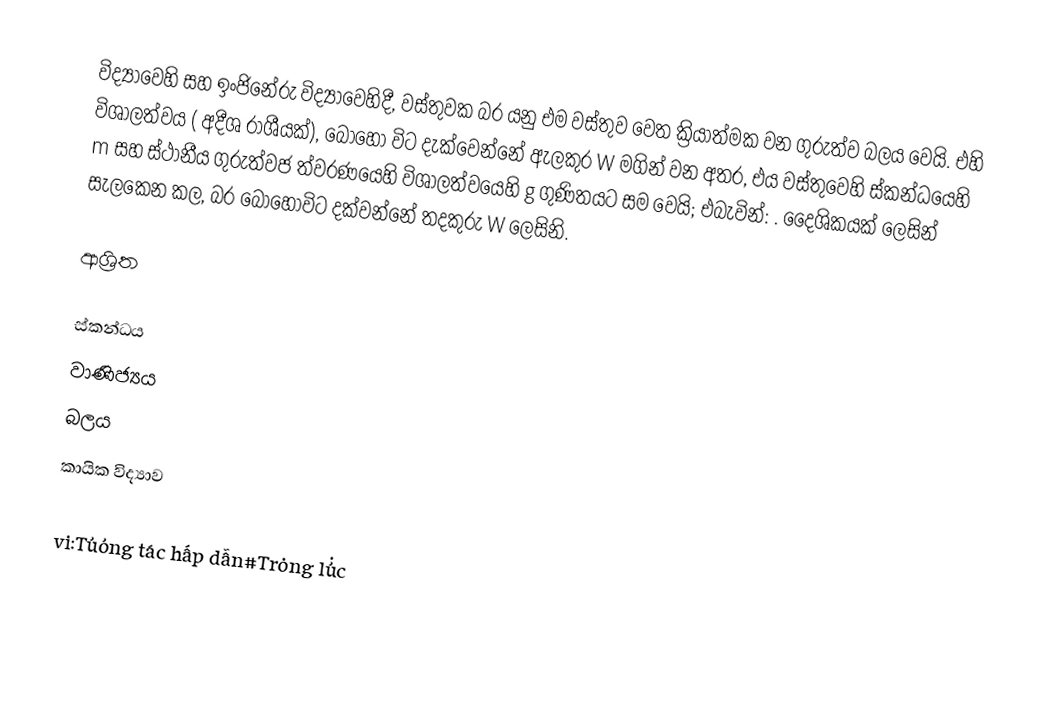
විද්‍යාවෙහි සහ ඉංජිනේරු විද්‍යාවෙහිදී, වස්තුවක බර යනු එම වස්තුව වෙත ක්‍රියාත්මක වන ගුරුත්ව බලය වෙයි.  එහි විශාලත්වය ( අදීශ රාශීයක්), බොහෝ විට දැක්වෙන්නේ ඇලකුර W මගින් වන අතර, එය වස්තුවෙහි  ස්කන්ධයෙහි m සහ ස්ථානීය ගුරුත්වජ ත්වරණයෙහි විශාලත්වයෙහි g ගුණිතයට සම වෙයි;  එබැවින්: . දෛශිකයක් ලෙසින් සැලකෙන කල, බර බොහෝවිට දක්වන්නේ තදකුරු W ලෙසිනි.

ආශ්‍රිත

ස්කන්ධය
වාණිජ්‍යය
බලය
කායික විද්‍යාව

vi:Tương tác hấp dẫn#Trọng lực